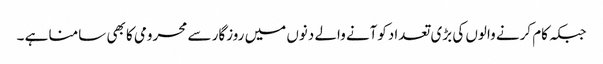
جبکہ کام کرنے والوں کی بڑی تعدادکوآنے والے دنوں میں روزگار سے محرومی کا بھی سامنا ہے ۔